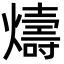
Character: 燽